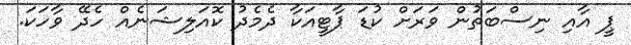
ޕީ އާއި ނިސްބަތުން ވަރަށް ކުޑަ ޕާޓީއަކާ ދެމެދު ކޮއަލިޝަނެއް ހެދޭ ވާހަކަ.